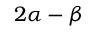
2 \alpha - \beta